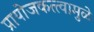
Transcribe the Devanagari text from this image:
प्रायोजकत्त्वामुळे